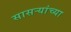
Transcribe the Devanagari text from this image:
सासर्‍यांच्या